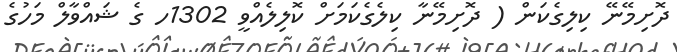
ދޮށިމޭނޭ ކިލިގެކަން ( ދޮށިމޭނާ ކިލެގެކަމަށް ކޮލިލެއްވީ 1302ހ ގެ ޝައްވާލް މަހުގެ